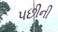
પછીની